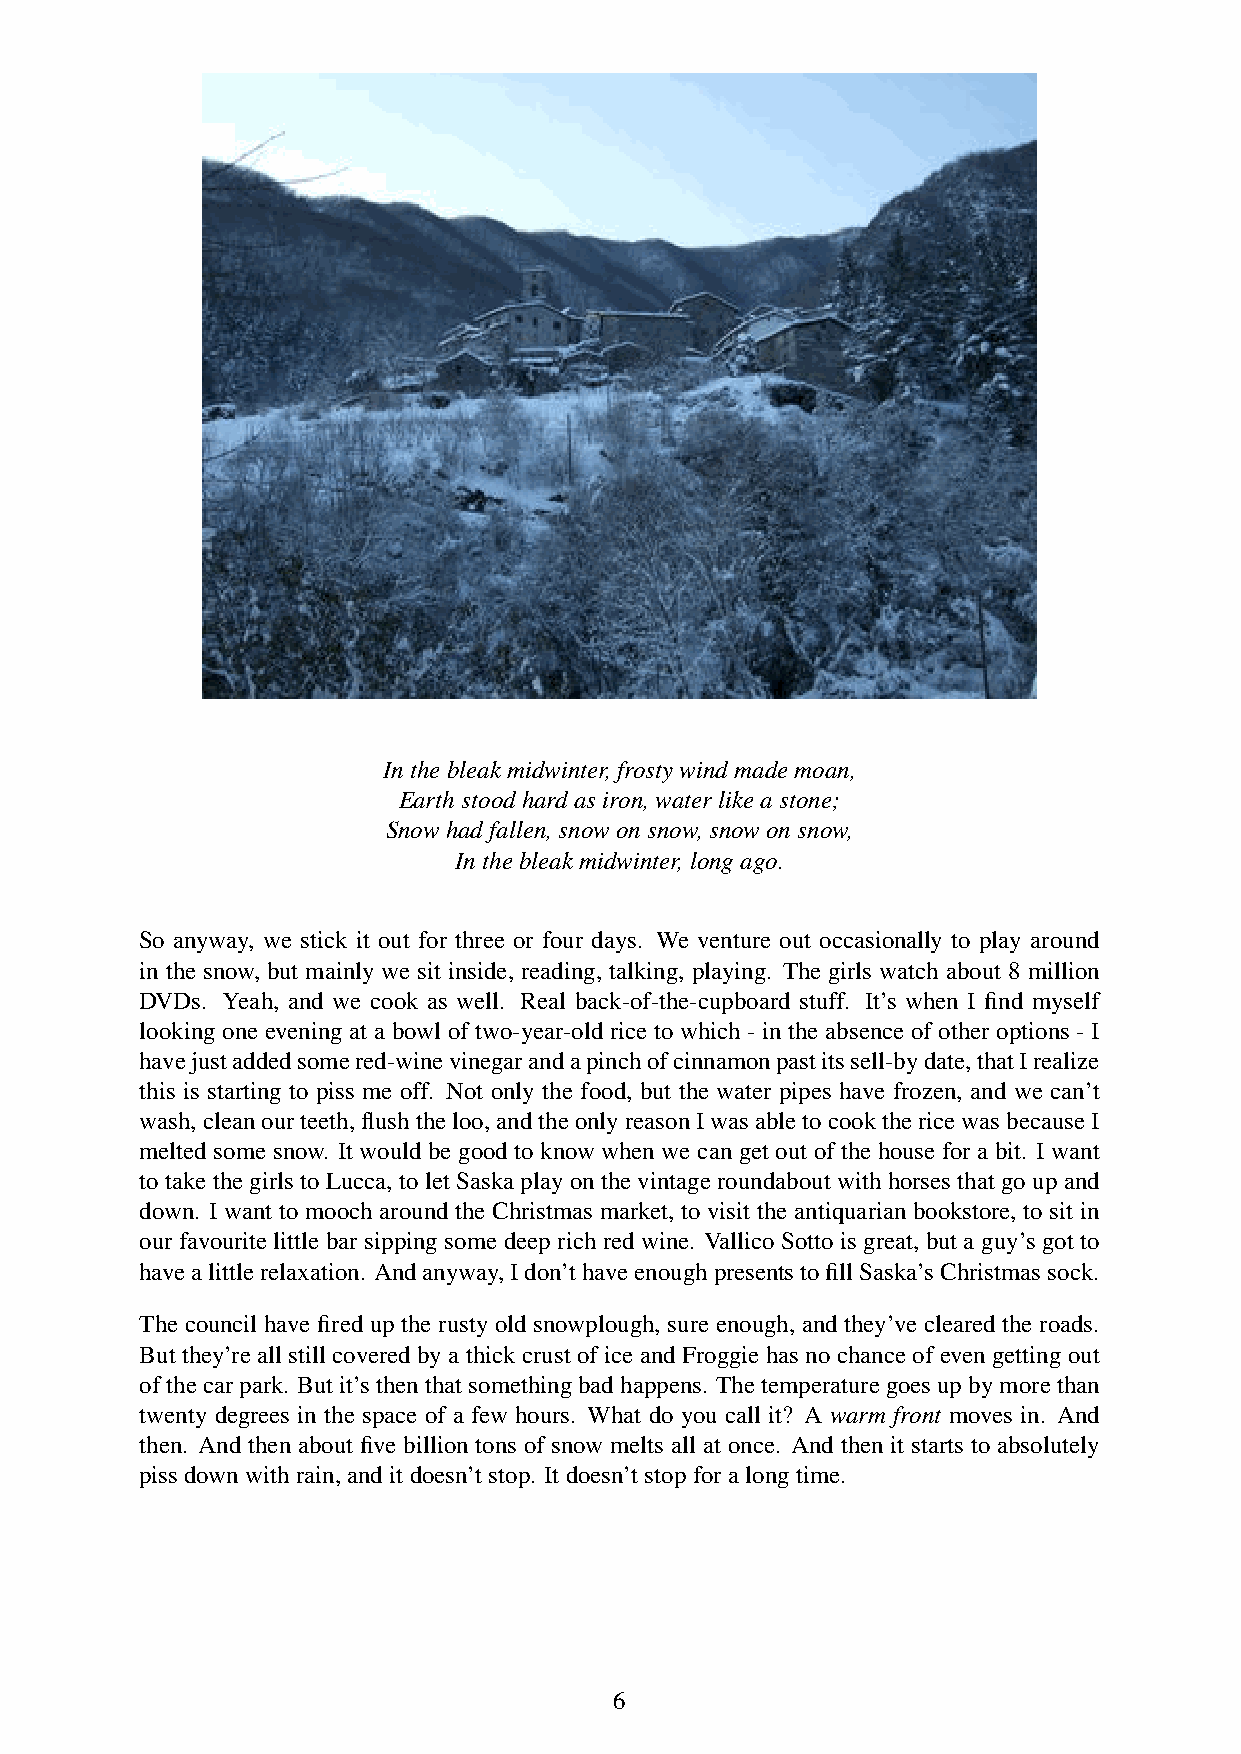
Inthebleakmidwinter,frostywindmademoan,
 Earthstoodhardasiron,waterlikeastone;
 Snowhadfallen,snowonsnow,snowonsnow,
 Inthebleakmidwinter,longago.
 So anyway, we stick it out for three or four days. We venture out occasionally to play around
 in the snow, but mainly we sit inside, reading, talking, playing. The girls watch about 8 million
 DVDs. Yeah, and we cook as well. Real back-of-the-cupboard stuff. It’s when I find myself
 looking one evening at a bowl of two-year-old rice to which - in the absence of other options - I
 havejustaddedsomered-winevinegarandapinchofcinnamonpastitssell-bydate,thatIrealize
 this is starting to piss me off. Not only the food, but the water pipes have frozen, and we can’t
 wash,cleanourteeth,flushtheloo,andtheonlyreasonIwasabletocookthericewasbecauseI
 melted some snow. It would be good to know when we can get out of the house for a bit. I want
 to take the girls to Lucca, to let Saska play on the vintage roundabout with horses that go up and
 down. I want to mooch around the Christmas market, to visit the antiquarian bookstore, to sit in
 our favourite little bar sipping some deep rich red wine. Vallico Sotto is great, but a guy’s got to
 havealittlerelaxation. Andanyway,Idon’thaveenoughpresentstofillSaska’sChristmassock.
 The council have fired up the rusty old snowplough, sure enough, and they’ve cleared the roads.
 But they’re all still covered by a thick crust of ice and Froggie has no chance of even getting out
 ofthecarpark. Butit’sthenthatsomethingbadhappens. Thetemperaturegoesupbymorethan
 twenty degrees in the space of a few hours. What do you call it? A warm front moves in. And
 then. And then about five billion tons of snow melts all at once. And then it starts to absolutely
 pissdownwithrain,anditdoesn’tstop. Itdoesn’tstopforalongtime.
 6